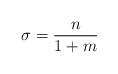
LaTeX: \begin{align*}\sigma=\frac{n}{1+m}\end{align*}